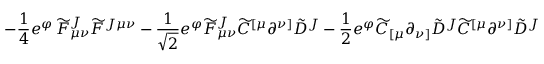
\left. - \frac { 1 } { 4 } e ^ { \varphi } \, { \widetilde F } _ { \mu \nu } ^ { J } { \widetilde F } ^ { J \mu \nu } - \frac { 1 } { \sqrt 2 } e ^ { \varphi } { \widetilde F } _ { \mu \nu } ^ { J } { \widetilde C } ^ { [ \mu } \partial ^ { \nu ] } { \tilde { D } } ^ { J } - \frac { 1 } { 2 } e ^ { \varphi } { \widetilde C } _ { [ \mu } \partial _ { \nu ] } { \tilde { D } } ^ { J } { \widetilde C } ^ { [ \mu } \partial ^ { \nu ] } { \tilde { D } } ^ { J } \right.